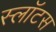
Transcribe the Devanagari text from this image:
स्लॉटस